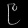
Digit: ၉